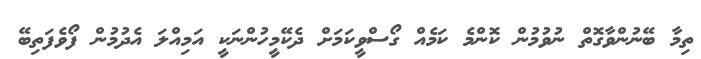
ތިމާ ބޭނުންވާގޮތް ނުވުމުން ކޮންމެ ކަމެއް ގޯސްވީކަމަށް ދެކޭމީހުންނަކީ އަމިއްލަ އެދުމުން ފޯވެފަތިބޭ